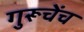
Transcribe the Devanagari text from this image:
गुरूचेंच